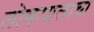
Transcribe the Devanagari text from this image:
लोकपालाचा